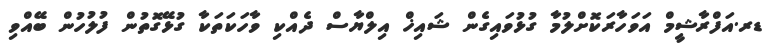
ޑރ.އަފްރާޝީމް އަވަހާރަކޮށްލުމާ ގުޅުވައިގެން ޝައިޚް އިލްޔާސް ދެއްކި ވާހަކަތަކާ ގުޅޭގޮތުން ފުލުހުން ބޭއްވި